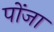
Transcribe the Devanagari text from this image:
पोंजा